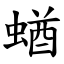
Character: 蝤